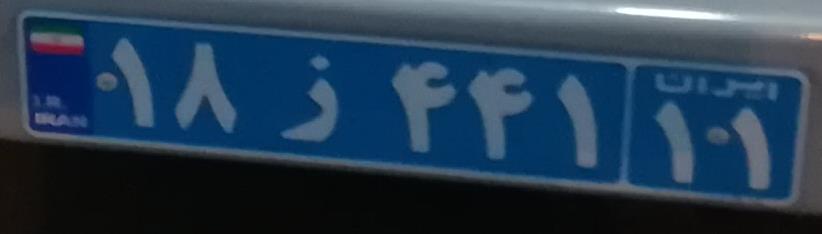
۱۸ز۴۴۱۱۱